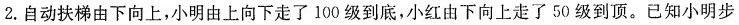
2.自动扶梯由下向上，小明由上向下走了100级到底，小红由下向上走了50级到顶。已知小明步